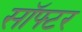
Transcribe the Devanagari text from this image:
सॉफ्टर